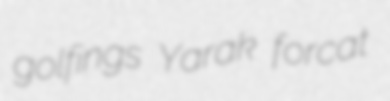
golfings Yarak forcat